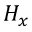
H _ { x }